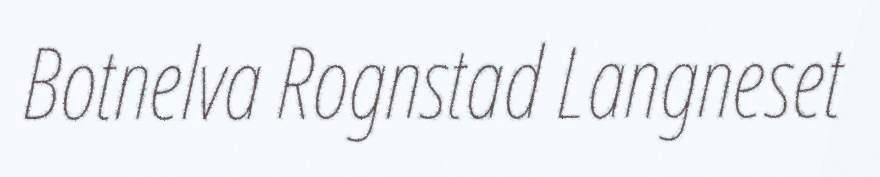
Botnelva Rognstad Langneset